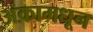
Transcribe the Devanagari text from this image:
अंकामधून